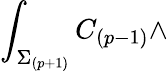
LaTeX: \int_{\Sigma_{(p+1)}}C_{(p-1)}\wedge